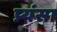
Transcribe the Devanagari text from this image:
प्र्यंसा